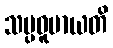
သမ္ပဓူမာယတိ